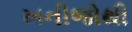
ખનીજોથી